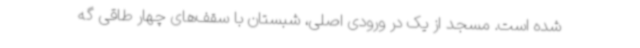
شده است. مسجد از یک در ورودی اصلی، شبستان با سقف‌های چهار طاقی گه